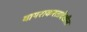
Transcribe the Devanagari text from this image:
वापराकरतादेखील